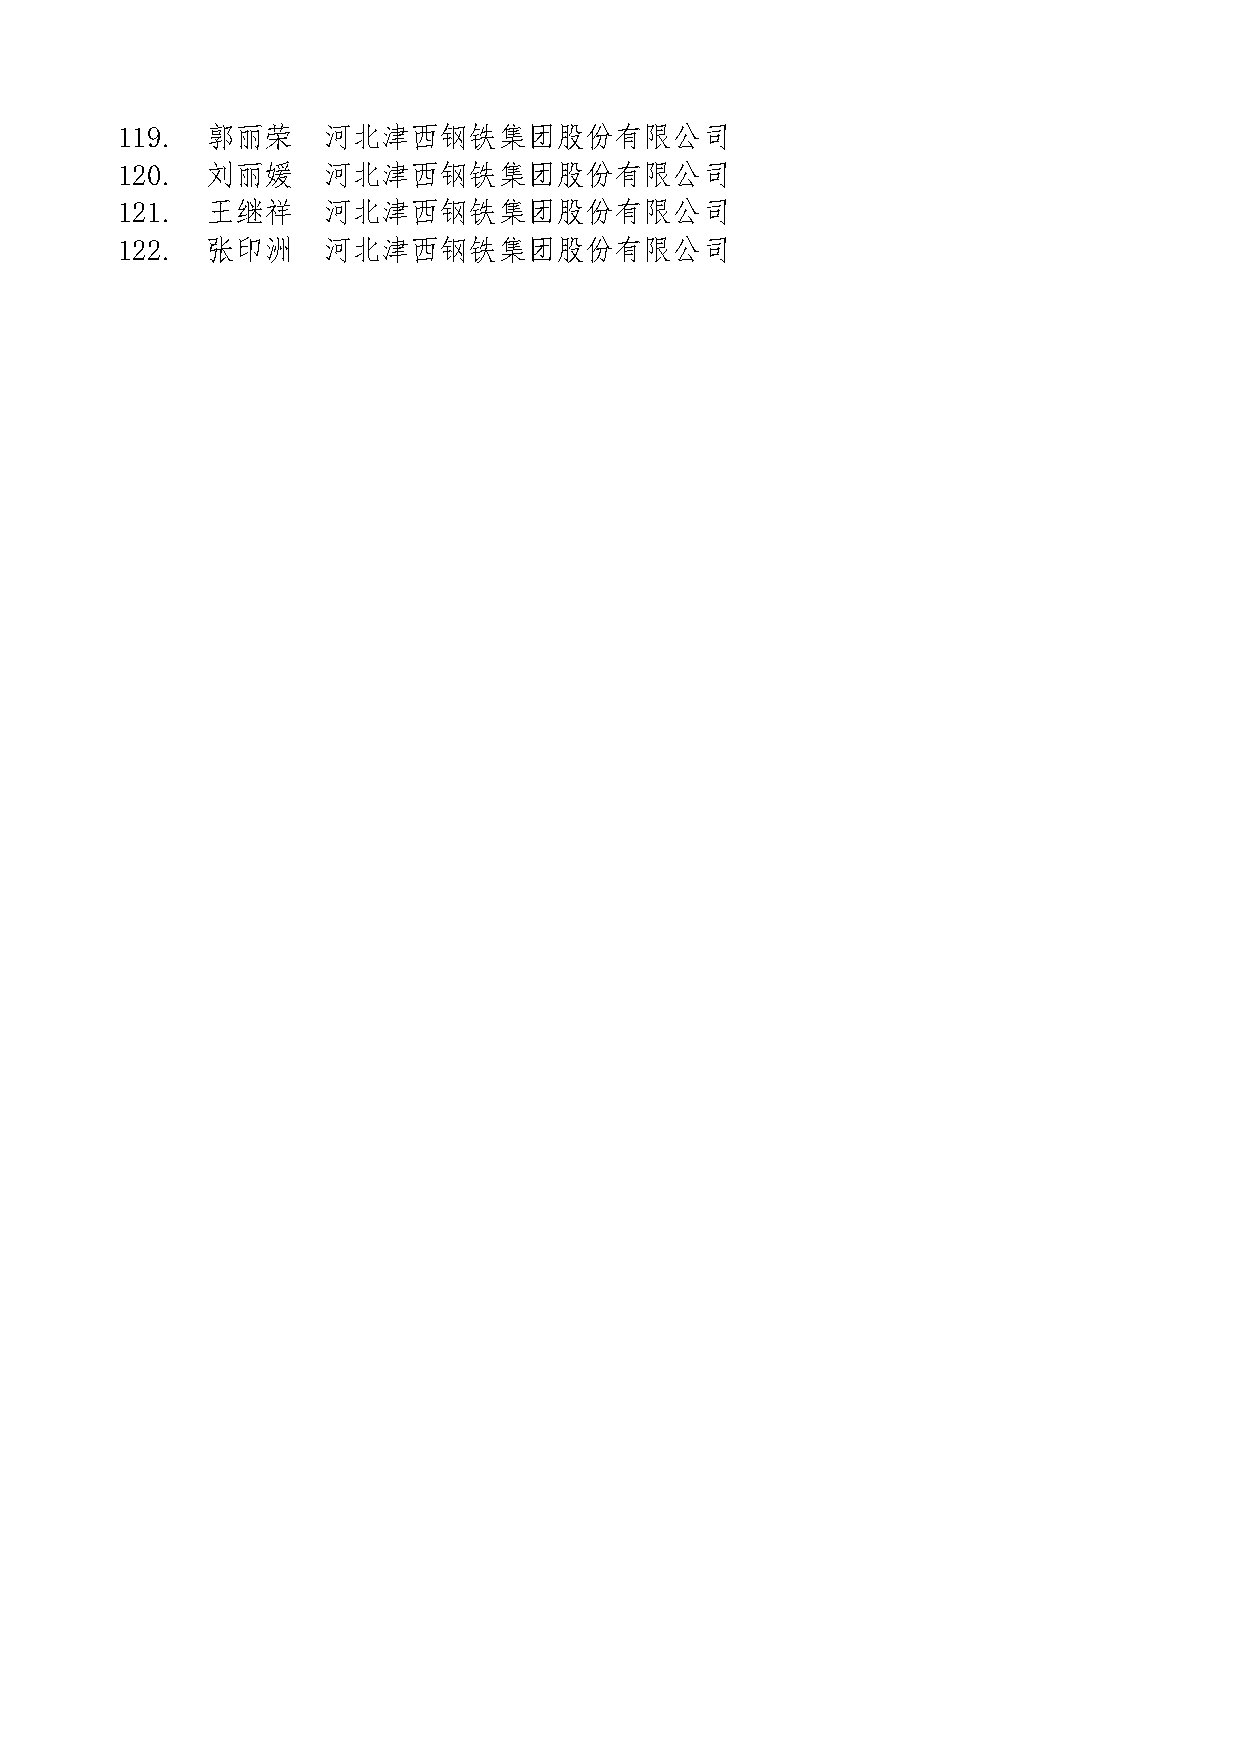
119.  郭丽荣    河北津西钢铁集团股份有限公司
 120.  刘丽媛    河北津西钢铁集团股份有限公司
 121.  王继祥    河北津西钢铁集团股份有限公司
 122.  张印洲    河北津西钢铁集团股份有限公司